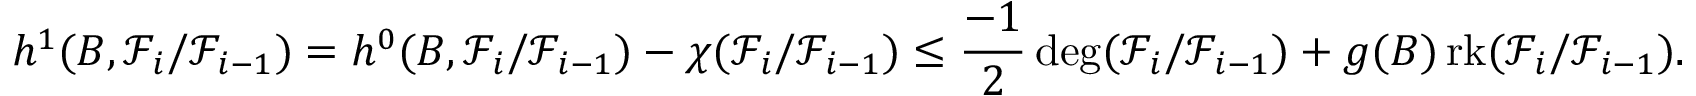
h ^ { 1 } ( B , \mathcal { F } _ { i } / \mathcal { F } _ { i - 1 } ) = h ^ { 0 } ( B , \mathcal { F } _ { i } / \mathcal { F } _ { i - 1 } ) - \chi ( \mathcal { F } _ { i } / \mathcal { F } _ { i - 1 } ) \leq \frac { - 1 } { 2 } \deg ( \mathcal { F } _ { i } / \mathcal { F } _ { i - 1 } ) + g ( B ) \operatorname { r k } ( \mathcal { F } _ { i } / \mathcal { F } _ { i - 1 } ) .